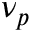
\nu _ { p }